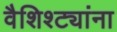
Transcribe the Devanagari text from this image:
वैशिश्ट्यांना